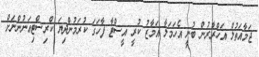
ޖަމާއަތުލް އަހްރާރުން ބުނީ އެހަމަލާ އަމާޒު ކުރީ އީސްޓާ ފާހަގަ ކުރަމުންދިޔަ ކްރިސްޓިއަނުންނަށް